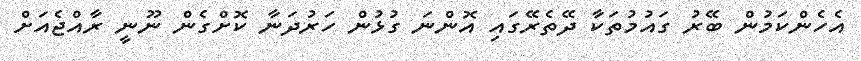
އެހެންކަމުން ބޭރު ގައުމުތަކާ ދޭތެރޭގައި އޮންނަ ގުޅުން ހަރުދަނާ ކޮށްގެން ނޫނީ ރާއްޖެއަށް